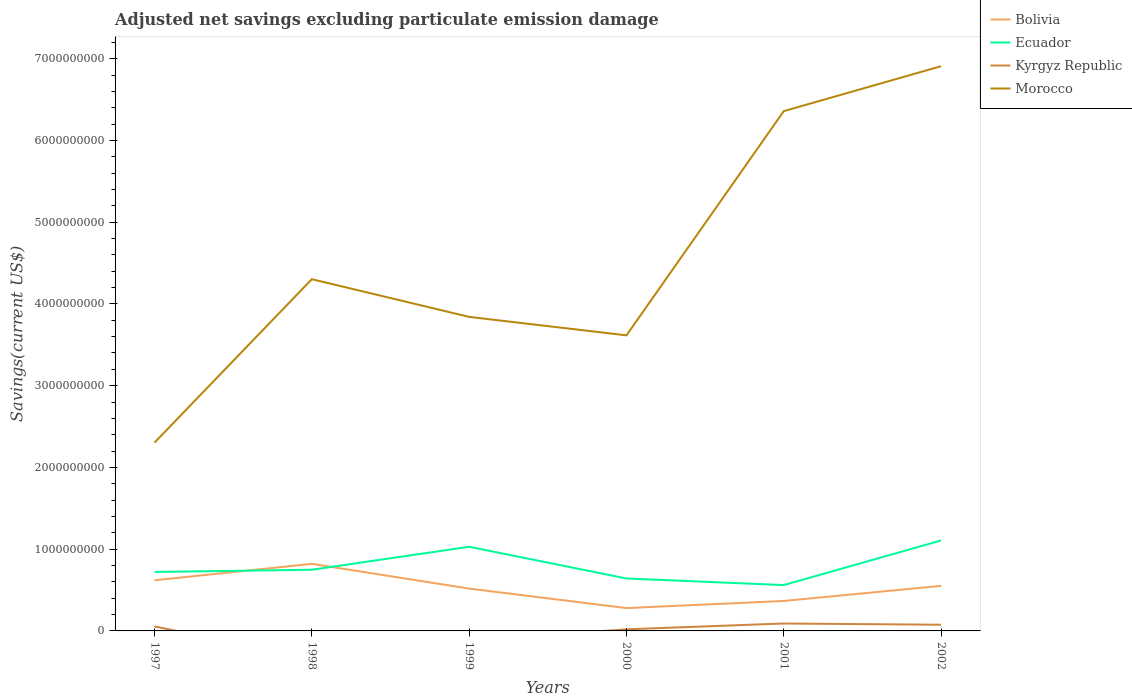
| Years | Bolivia | Ecuador | Kyrgyz Republic | Morocco |
 | --- | --- | --- | --- | --- |
 | 1997 | 6.19e+08 | 7.21e+08 | 5.55e+07 | 2.3e+09 |
 | 1998 | 8.21e+08 | 7.48e+08 | -3.42e+08 | 4.3e+09 |
 | 1999 | 5.18e+08 | 1.03e+09 | -1.18e+08 | 3.84e+09 |
 | 2000 | 2.79e+08 | 6.41e+08 | 1.97e+07 | 3.62e+09 |
 | 2001 | 3.66e+08 | 5.61e+08 | 9.07e+07 | 6.36e+09 |
 | 2002 | 5.51e+08 | 1.11e+09 | 7.56e+07 | 6.91e+09 |